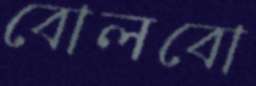
বোলবো